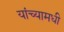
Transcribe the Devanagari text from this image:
यांच्यामधी